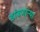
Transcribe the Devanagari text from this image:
डांबणार्‍या